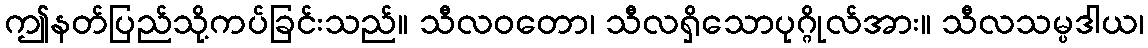
ဤနတ်ပြည်သို့ကပ်ခြင်းသည်။ သီလဝတော၊ သီလရှိသောပုဂ္ဂိုလ်အား။ သီလသမ္ပဒါယ၊